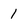
Character: 1